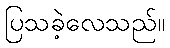
ပြသခဲ့လေသည်။